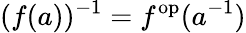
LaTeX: (f(a))^{-1}=f^{\mathrm{op}}(a^{-1})